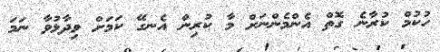
ހުކުމް ކުރާނެ ގޮތް އެންމެންނަށް މާ ކުރިން އެނގޭ ކަމަށް ވިދާޅުވާ ނަމަ